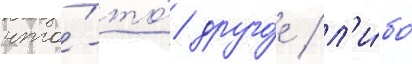
что́-то́ друго́е / л'и́бо